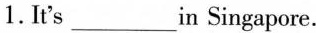
1. r's ___ in Singapore.